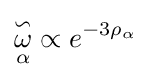
{\overset {\backsim }{\underset {\alpha }{\omega }}}\propto e^{-3\rho _{\alpha }}